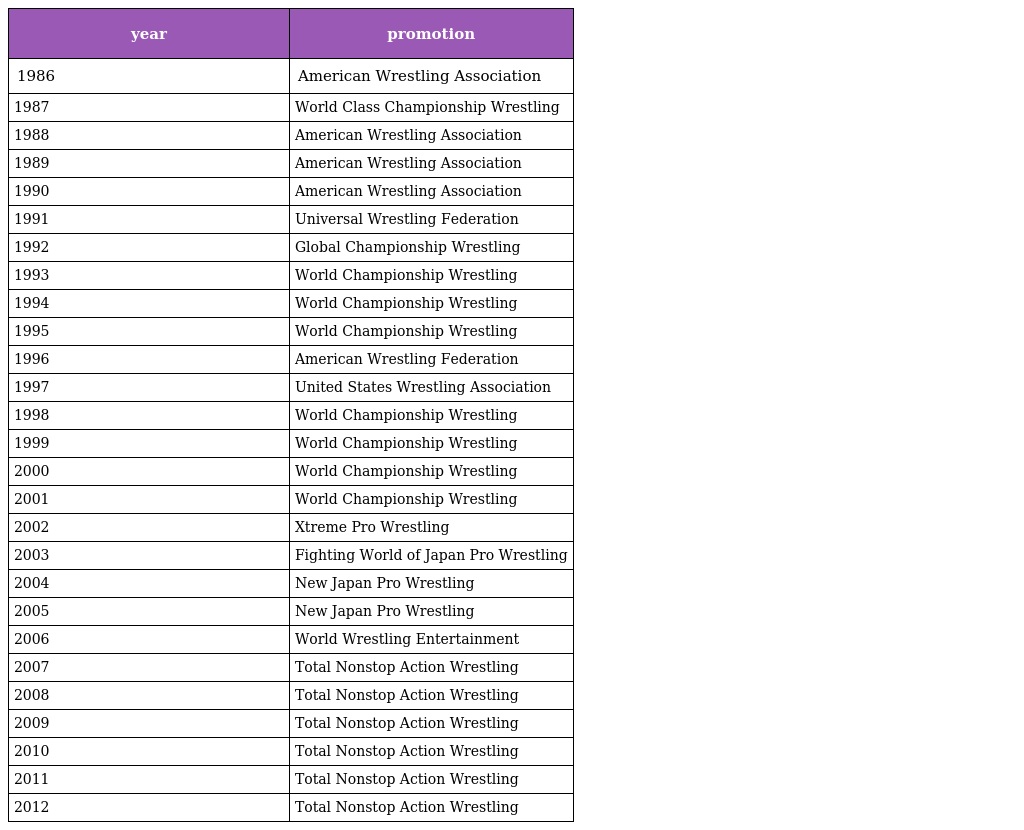
| year | promotion |
 | --- | --- |
 | 1986 | American Wrestling Association |
 | 1987 | World Class Championship Wrestling |
 | 1988 | American Wrestling Association |
 | 1989 | American Wrestling Association |
 | 1990 | American Wrestling Association |
 | 1991 | Universal Wrestling Federation |
 | 1992 | Global Championship Wrestling |
 | 1993 | World Championship Wrestling |
 | 1994 | World Championship Wrestling |
 | 1995 | World Championship Wrestling |
 | 1996 | American Wrestling Federation |
 | 1997 | United States Wrestling Association |
 | 1998 | World Championship Wrestling |
 | 1999 | World Championship Wrestling |
 | 2000 | World Championship Wrestling |
 | 2001 | World Championship Wrestling |
 | 2002 | Xtreme Pro Wrestling |
 | 2003 | Fighting World of Japan Pro Wrestling |
 | 2004 | New Japan Pro Wrestling |
 | 2005 | New Japan Pro Wrestling |
 | 2006 | World Wrestling Entertainment |
 | 2007 | Total Nonstop Action Wrestling |
 | 2008 | Total Nonstop Action Wrestling |
 | 2009 | Total Nonstop Action Wrestling |
 | 2010 | Total Nonstop Action Wrestling |
 | 2011 | Total Nonstop Action Wrestling |
 | 2012 | Total Nonstop Action Wrestling |